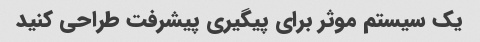
یک سیستم موثر برای پیگیری پیشرفت طراحی کنید